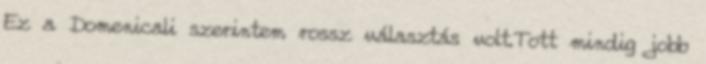
Ez a Domenicali szerintem rossz választás volt.Tott mindig jobb